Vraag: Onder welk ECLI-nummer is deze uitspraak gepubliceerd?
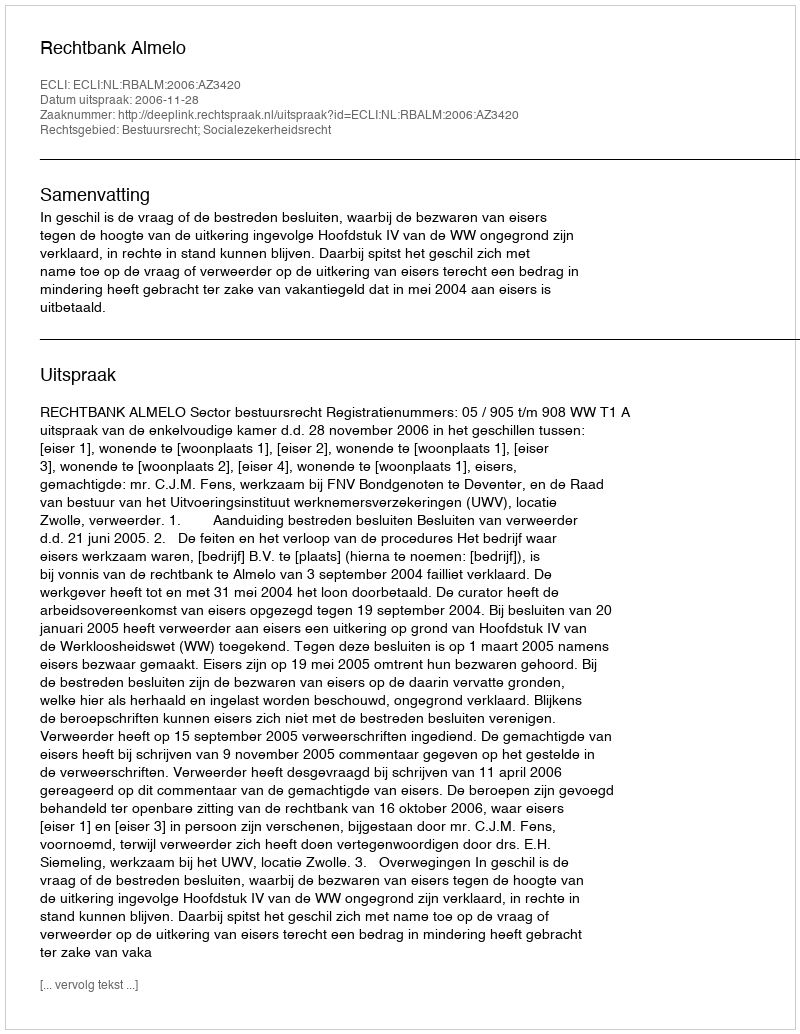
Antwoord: ECLI:NL:RBALM:2006:AZ3420